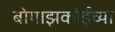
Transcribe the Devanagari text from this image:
बोगाझकोईच्या